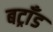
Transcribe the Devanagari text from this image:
बट्राँड